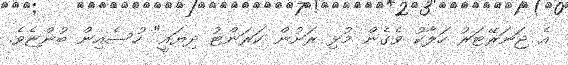
އެ ޖަނަރޭޓަރު ހަލާކު ވެގެން މުޅި ރަށުން ކަރަންޓު ދިޔައީ" ހުސެއިން ބުންޏެވެ.